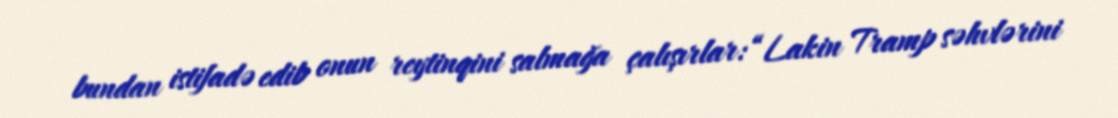
bundan istifadə edib onun reytinqini salmağa çalışırlar: “Lakin Tramp səhvlərini